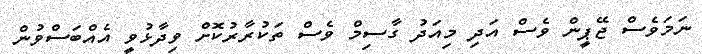
ނަމަވެސް ޖޭޕީން ވެސް އަދި މިއަދު ގާސިމް ވެސް ތަކުރާރުކޮށް ވިދާޅުވީ އެއްބަސްވުން